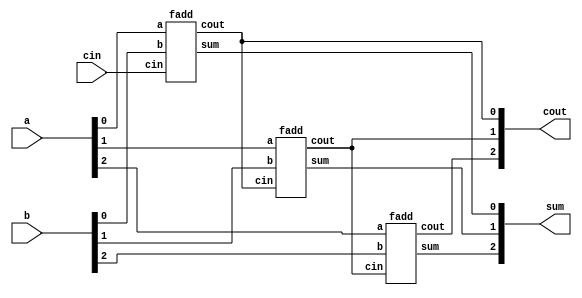
module top_module( 
    input [2:0] a, b,
    input cin,
    output [2:0] cout,
    output [2:0] sum 
    );
    fadd fa1(.a(a[0]), .b(b[0]), .cin(cin), .cout(cout[0]), .sum(sum[0]));
    fadd fa2(.a(a[1]), .b(b[1]), .cin(cout[0]), .cout(cout[1]), .sum(sum[1]));
    fadd fa3(.a(a[2]), .b(b[2]), .cin(cout[1]), .cout(cout[2]), .sum(sum[2]));
endmodule

module fadd( 
    input a, b, cin,
    output cout, sum 
    );
    assign {cout, sum} = a + b + cin;
endmodule